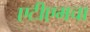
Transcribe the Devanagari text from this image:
एटीएमचा